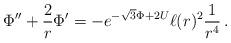
LaTeX: \begin{align*} \Phi'' + \frac{2}{r} \Phi' =-e^{-\sqrt{3}\Phi+ 2 U} \ell(r)^2 \frac{1}{r^4} \, .\end{align*}